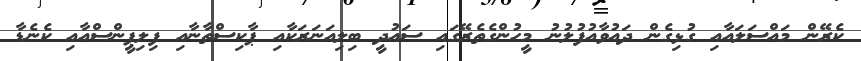
ކެރޭން މައްސަލައާއި ގުޅިގެން ދައުވާއުފުލުނު މީހުންގެތެރޭގައި ސައުދީ ބިލިއަނަރަކާއި ޕާކިސްތާނާއި ފިލިޕީންސްއާއި ކެނެޑާ